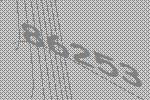
86253